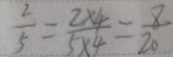
\frac { 2 } { 5 } = \frac { 2 \times 4 } { 5 \times 4 } = \frac { 8 } { 2 0 }